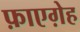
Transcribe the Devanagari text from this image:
फ़ाएग़ेह